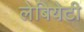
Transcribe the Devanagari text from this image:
लेबियेटी